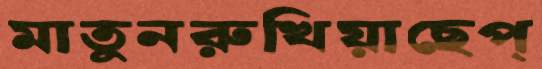
মাতুনরুখিয়াছেপ্